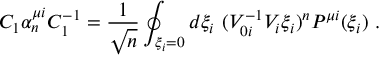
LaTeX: C _ { 1 } \alpha _ { n } ^ { \mu i } C _ { 1 } ^ { - 1 } = \frac { 1 } { \sqrt { n } } \oint _ { \xi _ { i } = 0 } d \xi _ { i } \ ( V _ { 0 i } ^ { - 1 } V _ { i } \xi _ { i } ) ^ { n } P ^ { \mu i } ( \xi _ { i } ) \ .